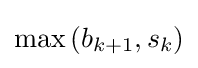
\max {(b_{k+1},s_{k})}